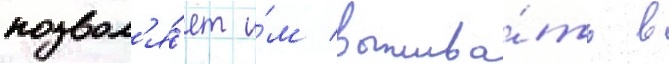
позвол'я́ет и́м выжива́ть в